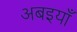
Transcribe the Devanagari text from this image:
अबइयाँ